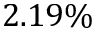
2 . 1 9 \%